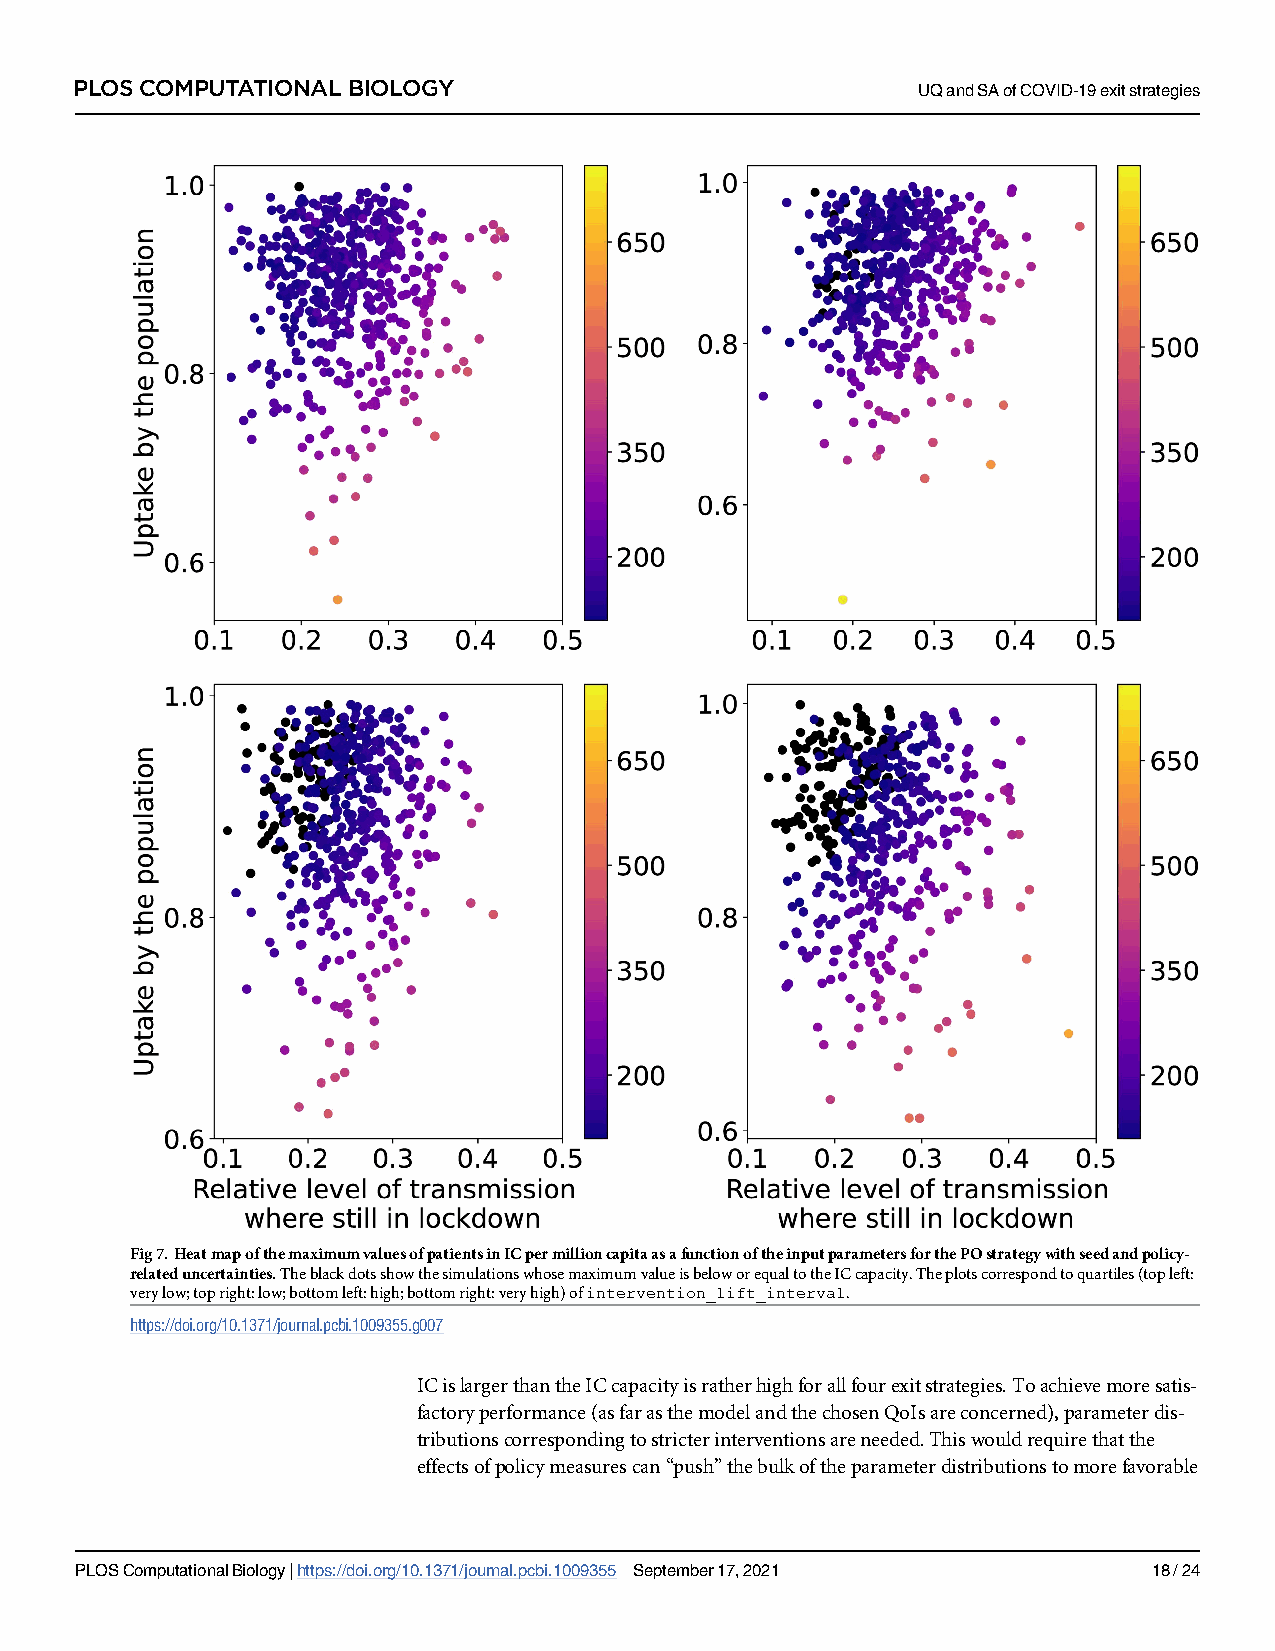
PLOS COMPUTATIONAL BIOLOGY                              UQandSAofCOVID-19exitstrategies
 Fig7.HeatmapofthemaximumvaluesofpatientsinICpermillioncapitaasafunctionoftheinputparametersforthePOstrategywithseedandpolicy-
 relateduncertainties.TheblackdotsshowthesimulationswhosemaximumvalueisbeloworequaltotheICcapacity.Theplotscorrespondtoquartiles(topleft:
 verylow;topright:low;bottomleft:high;bottomright:veryhigh)ofintervention_lift_interval.
 https://doi.org/10.1371/journal.pcbi.1009355.g007
 ICislargerthantheICcapacityisratherhighforallfourexitstrategies.Toachievemoresatis-
 factoryperformance(asfarasthemodelandthechosenQoIsareconcerned),parameterdis-
 tributionscorrespondingtostricterinterventionsareneeded.Thiswouldrequirethatthe
 effectsofpolicymeasurescan“push”thebulkoftheparameterdistributionstomorefavorable
 PLOSComputationalBiology|https://doi.org/10.1371/journal.pcbi.1009355 September17,2021 18/24